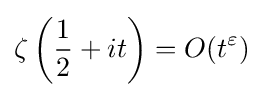
\zeta \left({\frac {1}{2}}+it\right)=O(t^{\varepsilon })